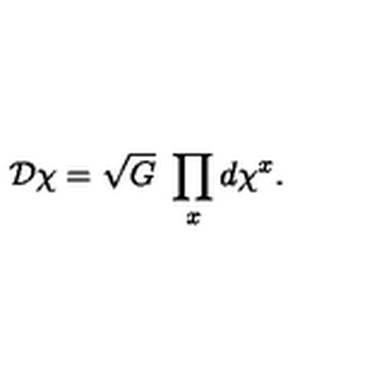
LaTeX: { \cal D } \chi = \sqrt { G } \ \prod _ { x } d \chi ^ { x } .